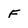
Character: F